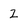
Character: 2